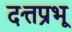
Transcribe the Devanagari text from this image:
दत्तप्रभू